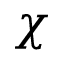
\chi